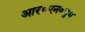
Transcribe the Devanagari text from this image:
आर०एन०चुघ